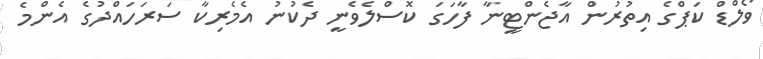
ވޯލްޑް ކަޕްގެ އިތުރުން އާޖެންޓީނާ ފާހަގަ ކޮސްލެވެނީ ދެކުނު އެމެރިކާ ސަރަހައްދުގެ އެންމެ